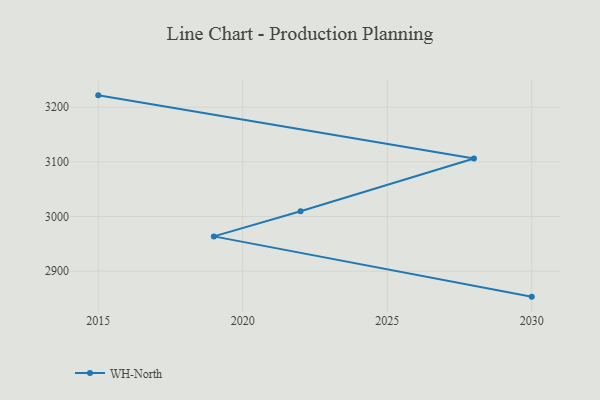
{"axis": {"x": "Year", "y": "Gross Profit (USD K)"}, "legend": ["WH-North"], "data": [{"x": "2030", "y": 2853.4, "type": "WH-North"}, {"x": "2019", "y": 2963.6, "type": "WH-North"}, {"x": "2022", "y": 3009.5, "type": "WH-North"}, {"x": "2028", "y": 3106.0, "type": "WH-North"}, {"x": "2015", "y": 3221.5, "type": "WH-North"}]}